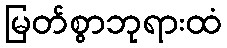
မြတ်စွာဘုရားထံ